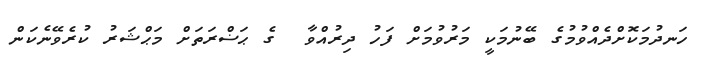
ހަނދުމަކޮށްދެއްވުމުގެ ބޭނުމަކީ މަރުވުމަށް ފަހު ދިރުއްވާ  ގެ ޙަޟްރަތަށް މަޙްޝަރު ކުރެވޭނެކަން